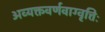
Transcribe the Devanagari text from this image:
अव्यक्तवर्णवाग्वृत्तिः